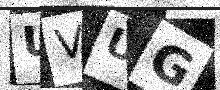
Text: UVUG